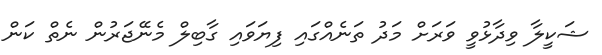
ޝަކީލާ ވިދާޅުވީ ވަރަށް މަދު ތަނެއްގައި ފިޔަވައި ގާބިލް މެނޭޖަރުން ނެތް ކަން